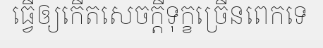
ធ្វើឲ្យកើតសេចក្តីទុក្ខច្រើនពេកទេ